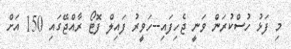
މި ފަޅު ހުސްކުރަން ވަނީ ޖެހިފައި--ހަވީރު ފައިލް ފޮޓޯ ރާއްޖޭގައި 150 އަށް